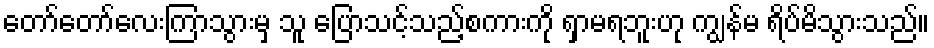
တော်တော်လေးကြာသွားမှ သူ ပြောသင့်သည့်စကားကို ရှာမရဘူးဟု ကျွန်မ ရိပ်မိသွားသည်။